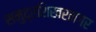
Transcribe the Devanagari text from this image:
समुद्रशिखरनगर